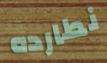
نطارده